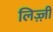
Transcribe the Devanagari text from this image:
लिज़्ज़ी